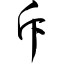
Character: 斥